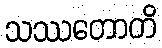
သဿတောတိ